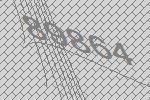
89864